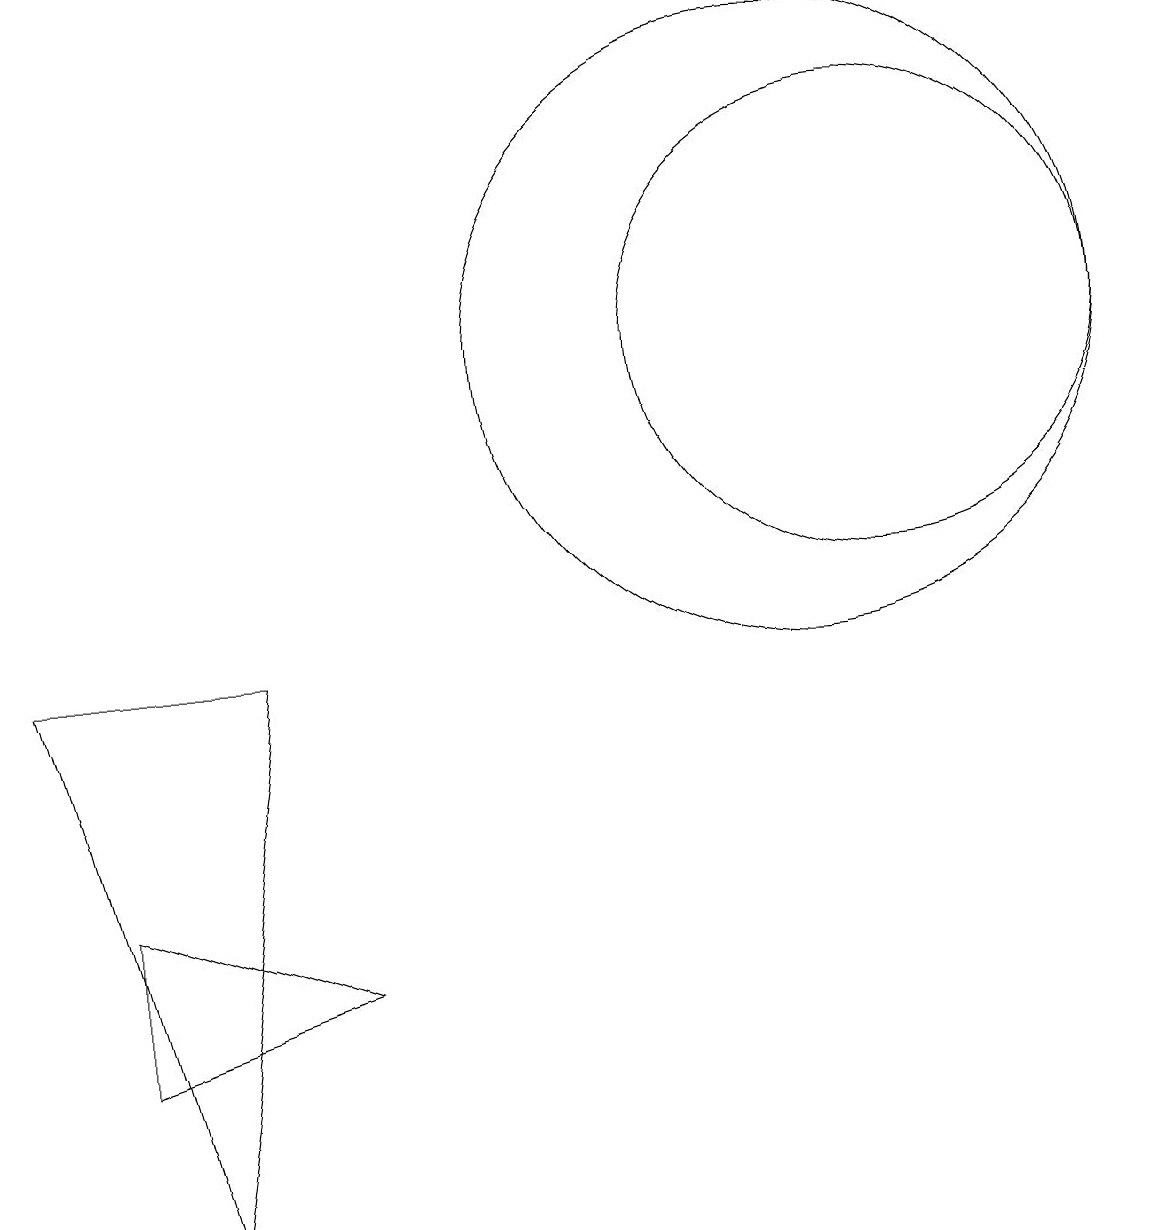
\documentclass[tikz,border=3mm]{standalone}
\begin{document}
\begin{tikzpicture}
\draw (4,3) -- (1,2) -- (1,4) -- cycle;
\draw (11,11) circle (3);
\draw (10,11) circle (4);
\draw (3,7) -- (2,0) -- (0,7) -- cycle;
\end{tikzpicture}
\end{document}